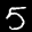
Label: 5